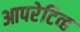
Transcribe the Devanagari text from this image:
आपरेटिव्ह